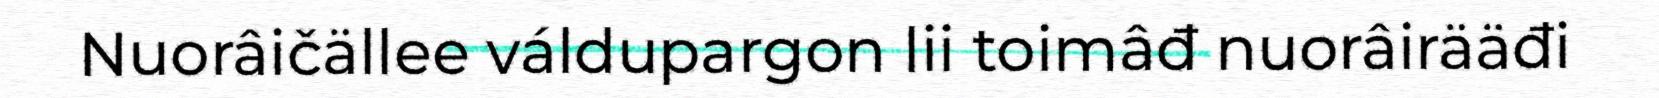
Nuorâičällee váldupargon lii toimâđ nuorâirääđi